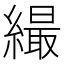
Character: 繓